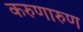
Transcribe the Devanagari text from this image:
करुणारुण